Rangoon Lunatic Asylum 1878-1892 - 1878-1892
Year: 1878
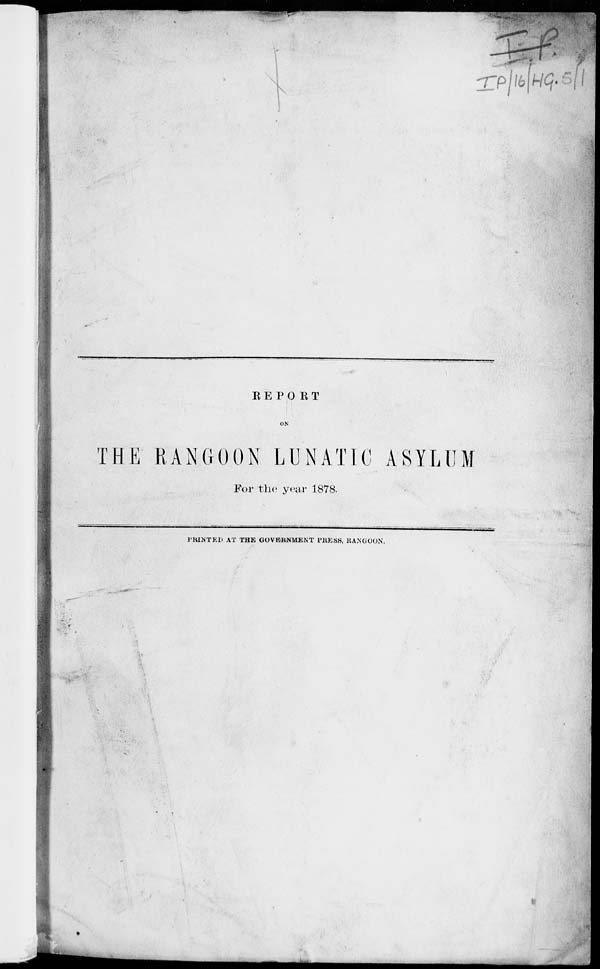
REPORT
ON
THE RANGOON LUNATIC ASYLUM
For the year 1878.
PRINTED AT THE GOVERNMENT PRESS, RANGOON.